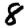
Digit: 8